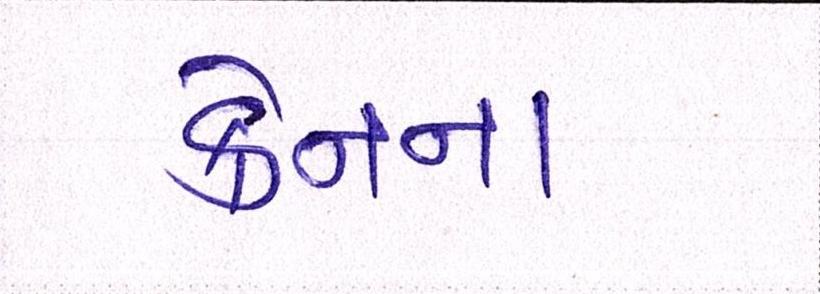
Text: ક્રેનના